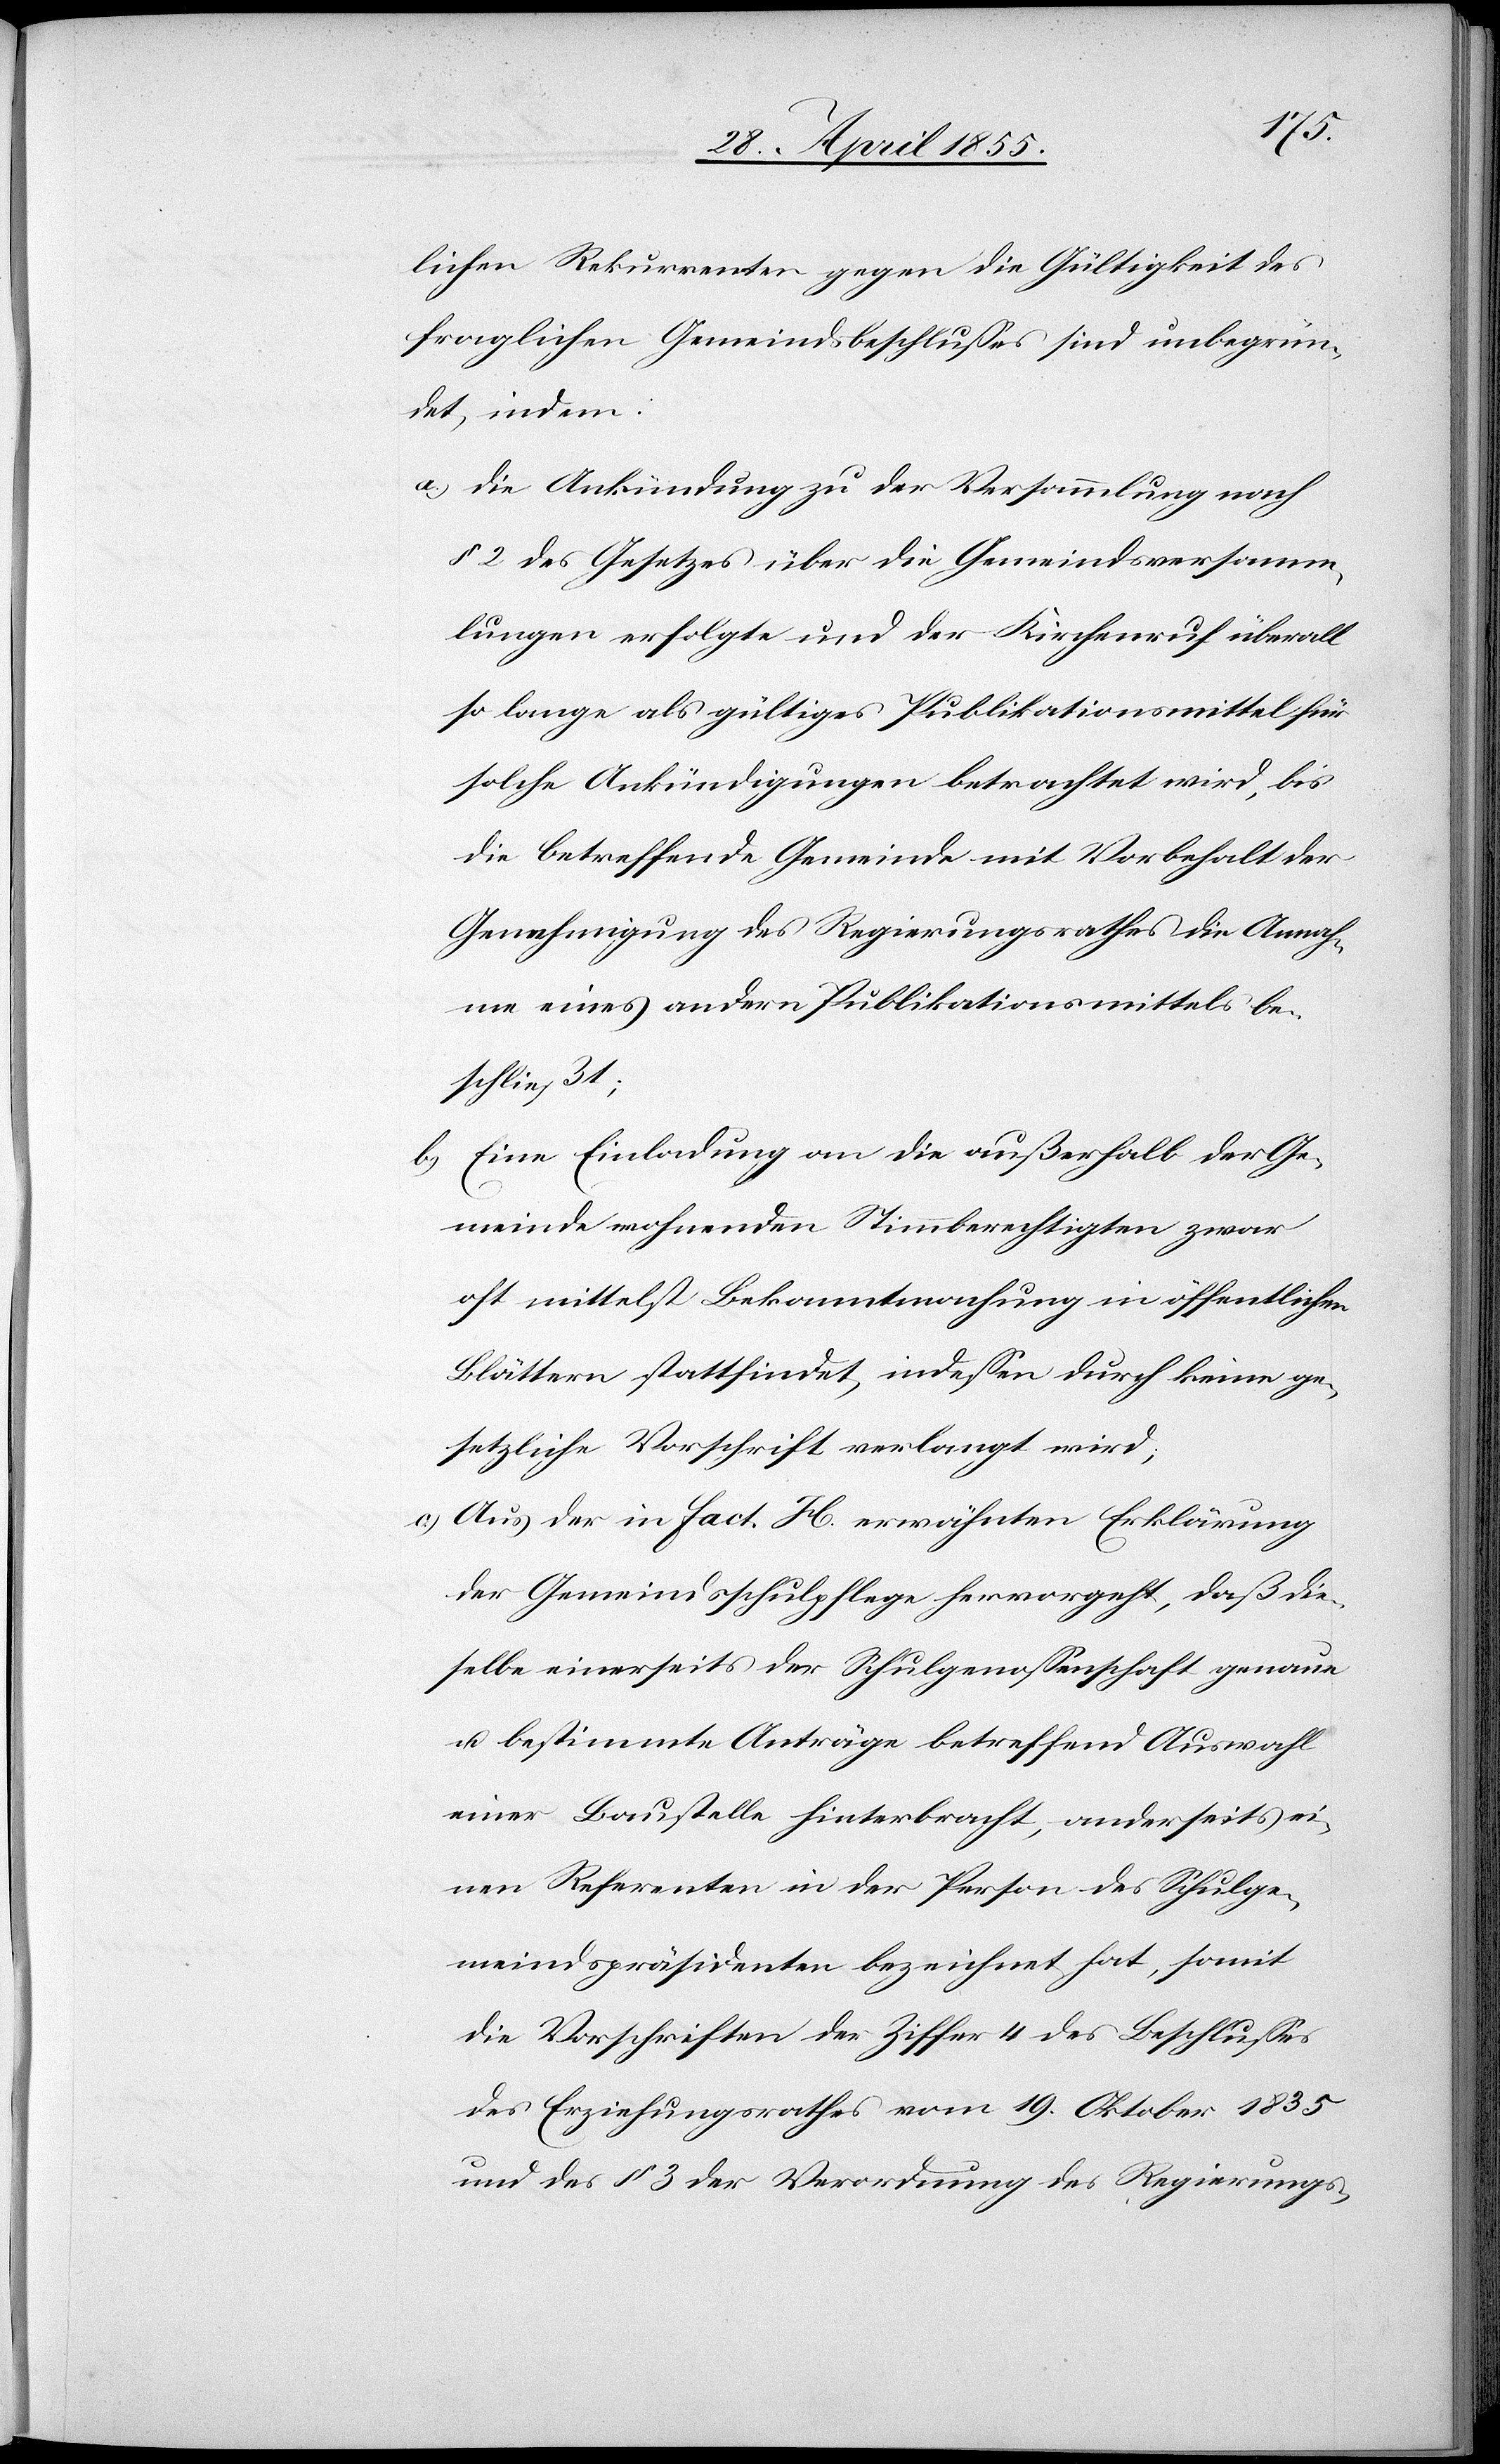
lichen Rekurrenten gegen die Gültigkeit des
fraglichen Gemeindsbeschlusses sind unbegrün¬
det, indem:
Die Ankündung zu der Versammlung nach
§ 2 des Gesetzes über die Gemeindsversamm¬
lungen erfolgte und der Kirchenruf überall
so lange als gültiges Publikationsmittel für
solche Ankündigungen betrachtet wird, bis
die betreffende Gemeinde mit Vorbehalt der
Genehmigung des Regierungsrathes die Annah¬
me eines andern Publikationsmittels be¬
schließt;
Eine Einladung an die außerhalb der Ge¬
meinde wohnenden Stimmberechtigten zwar
oft mittelst Bekanntmachung in öffentlichen
Blättern stattfindet, indessen durch keine ge¬
setzliche Vorschrift verlangt wird;
Aus der in Fact. H. erwähnten Erklärung
der Gemeindsschulpflege hervorgeht, daß die¬
selbe einerseits der Schulgenossenschaft genaue
u. bestimmte Anträge betreffend Auswahl
einer Baustelle hinterbracht, anderseits ei¬
nen Referenten in der Person des Schulge¬
meindspräsidenten bezeichnet hat, somit
die Vorschriften der Ziffer 4 des Beschlusses
des Erziehungsrathes vom 19. Oktober 1835
und des § 3 der Verordnung des Regierungs-